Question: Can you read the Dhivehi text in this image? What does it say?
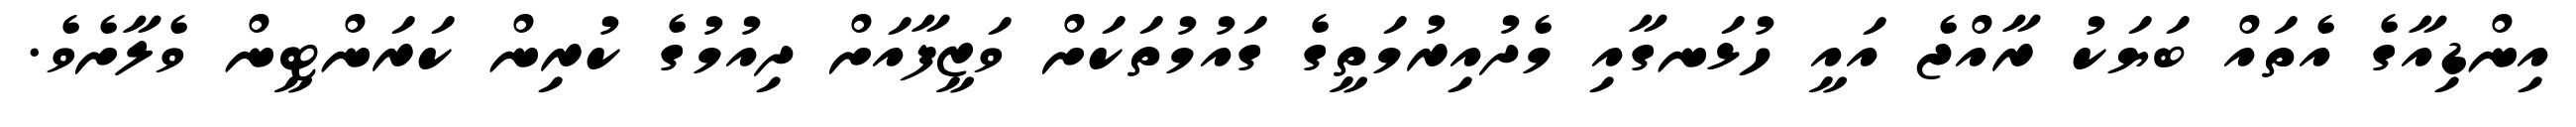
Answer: އިންޑިއާގެ އެތައް ބަޔަކު ރާއްޖެ އައީ ހުޅަނގާއި މެދުއިރުމަތީގެ ގައުމުތަކަށް ވަޒީފާއަށް ދިއުމުގެ ކުރިން ކަރަންޓީން ވެލާށެވެ.